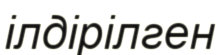
ілдірілген